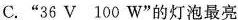
C.”36V 100W”的灯泡最亮